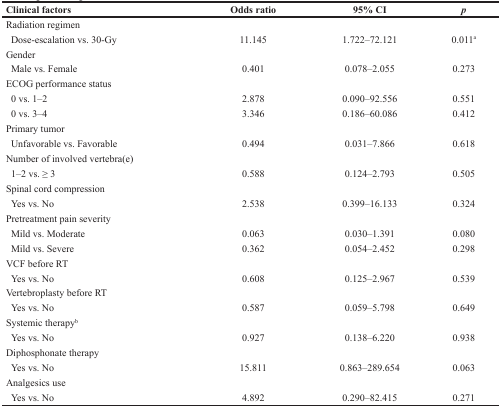
<table><thead><tr><td><b>Clinical factors</b></td><td><b>Odds ratio</b></td><td><b>95% CI</b></td><td><b><i>p</i></b></td></tr></thead><tbody><tr><td>Radiation regimen</td><td></td><td></td><td></td></tr><tr><td> Dose-escalation vs. 30-Gy</td><td>11.145</td><td>1.722–72.121</td><td>0.011<sup>a</sup></td></tr><tr><td>Gender</td><td></td><td></td><td></td></tr><tr><td> Male vs. Female</td><td>0.401</td><td>0.078–2.055</td><td>0.273</td></tr><tr><td>ECOG performance status</td><td></td><td></td><td></td></tr><tr><td> 0 vs. 1–2</td><td>2.878</td><td>0.090–92.556</td><td>0.551</td></tr><tr><td> 0 vs. 3–4</td><td>3.346</td><td>0.186–60.086</td><td>0.412</td></tr><tr><td>Primary tumor</td><td></td><td></td><td></td></tr><tr><td> Unfavorable vs. Favorable</td><td>0.494</td><td>0.031–7.866</td><td>0.618</td></tr><tr><td>Number of involved vertebra(e)</td><td></td><td></td><td></td></tr><tr><td> 1–2 vs. ≥ 3</td><td>0.588</td><td>0.124–2.793</td><td>0.505</td></tr><tr><td>Spinal cord compression</td><td></td><td></td><td></td></tr><tr><td> Yes vs. No</td><td>2.538</td><td>0.399–16.133</td><td>0.324</td></tr><tr><td>Pretreatment pain severity</td><td></td><td></td><td></td></tr><tr><td> Mild vs. Moderate</td><td>0.063</td><td>0.030–1.391</td><td>0.080</td></tr><tr><td> Mild vs. Severe</td><td>0.362</td><td>0.054–2.452</td><td>0.298</td></tr><tr><td>VCF before RT</td><td></td><td></td><td></td></tr><tr><td> Yes vs. No</td><td>0.608</td><td>0.125–2.967</td><td>0.539</td></tr><tr><td>Vertebroplasty before RT</td><td></td><td></td><td></td></tr><tr><td> Yes vs. No</td><td>0.587</td><td>0.059–5.798</td><td>0.649</td></tr><tr><td>Systemic therapy<sup>b</sup></td><td></td><td></td><td></td></tr><tr><td> Yes vs. No</td><td>0.927</td><td>0.138–6.220</td><td>0.938</td></tr><tr><td>Diphosphonate therapy</td><td></td><td></td><td></td></tr><tr><td> Yes vs. No</td><td>15.811</td><td>0.863–289.654</td><td>0.063</td></tr><tr><td>Analgesics use</td><td></td><td></td><td></td></tr><tr><td> Yes vs. No</td><td>4.892</td><td>0.290–82.415</td><td>0.271</td></tr></tbody></table>